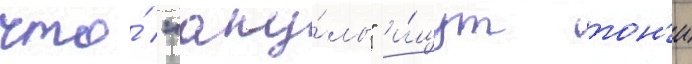
что́ "аку́лы" и́щут тон'и